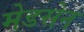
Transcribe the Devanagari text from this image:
मेडसेन